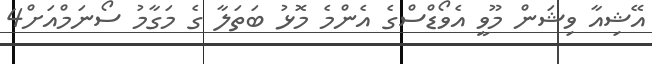
އޭޝިއާ ވިޝަން މޫވީ އެވޯޑްސްގެ އެންމެ މޮޅު ބަތަލާ ގެ މަގާމު ސޯނަމްއަށް4